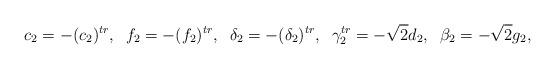
LaTeX: \begin{align*}c_2=-(c_2)^{tr},\;\; f_2=-(f_2)^{tr},\;\;\delta_2=-(\delta_2)^{tr},\;\; \gamma_2^{tr}=-\sqrt{2}d_2,\;\; \beta_2=-\sqrt{2}g_2,\end{align*}